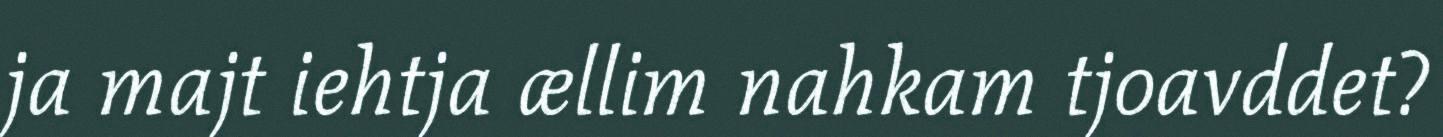
ja majt iehtja ællim nahkam tjoavddet?